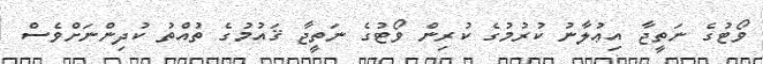
ވޯޓުގެ ނަތީޖާ އިޢުލާނު ކުރުމުގެ ކުރިން ވޯޓުގެ ނަތީޖާ ޤައުމުގެ ތުއްތު ކުދިންނަށްވެސް